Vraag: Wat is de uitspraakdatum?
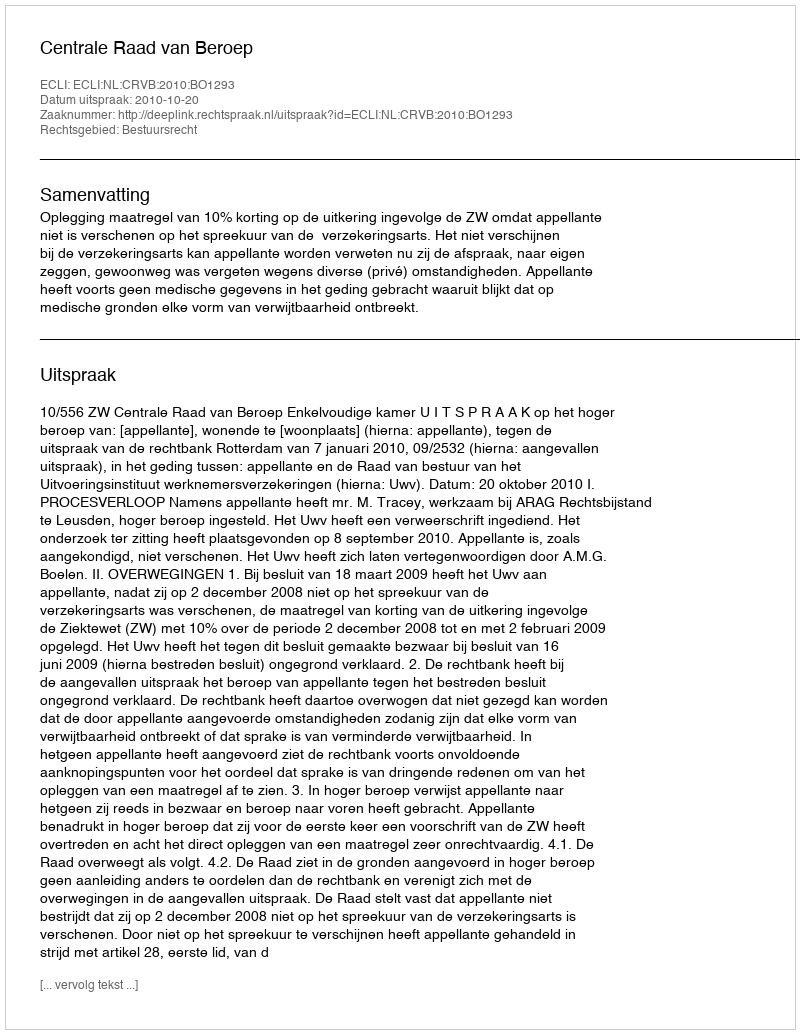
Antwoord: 2010-10-20